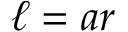
\ell = a r